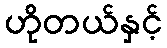
ဟိုတယ်နှင့်